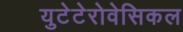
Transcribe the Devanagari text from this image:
युटेटेरोवेसिकल